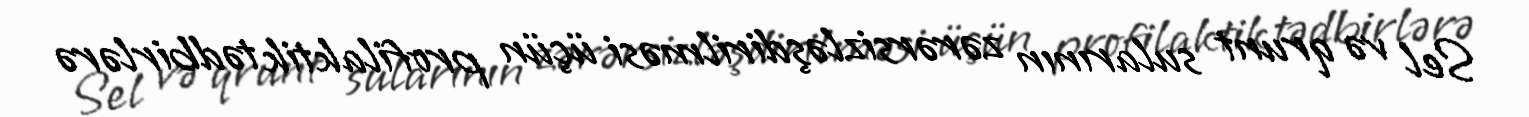
Sel və qrunt sularının zərərsizləşdirilməsi üçün profilaktik tədbirlərə